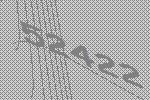
52422